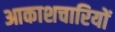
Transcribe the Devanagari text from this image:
आकाशचारियों